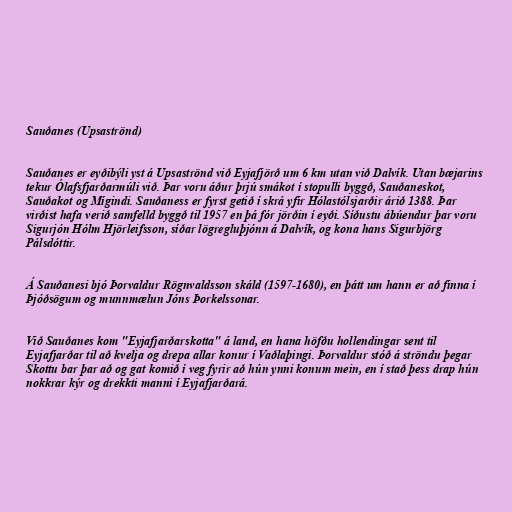
Sauðanes (Upsaströnd)

Sauðanes er eyðibýli yst á Upsaströnd við Eyjafjörð um 6 km utan við Dalvík. Utan bæjarins
tekur Ólafsfjarðarmúli við. Þar voru áður þrjú smákot í stopulli byggð, Sauðaneskot,
Sauðakot og Mígindi. Sauðaness er fyrst getið í skrá yfir Hólastólsjarðir árið 1388. Þar
virðist hafa verið samfelld byggð til 1957 en þá fór jörðin í eyði. Síðustu ábúendur þar voru
Sigurjón Hólm Hjörleifsson, síðar lögregluþjónn á Dalvík, og kona hans Sigurbjörg
Pálsdóttir.

Á Sauðanesi bjó Þorvaldur Rögnvaldsson skáld (1597-1680), en þátt um hann er að finna í
Þjóðsögum og munnmælun Jóns Þorkelssonar.

Við Sauðanes kom "Eyjafjarðarskotta" á land, en hana höfðu hollendingar sent til
Eyjafjarðar til að kvelja og drepa allar konur í Vaðlaþingi. Þorvaldur stóð á ströndu þegar
Skottu bar þar að og gat komið í veg fyrir að hún ynni konum mein, en í stað þess drap hún
nokkrar kýr og drekkti manni í Eyjafjarðará.